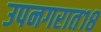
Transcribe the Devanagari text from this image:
उपनगरात१८